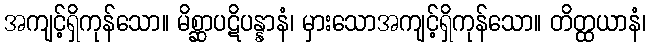
အကျင့်ရှိကုန်သော။ မိစ္ဆာပဋိပန္နာနံ၊ မှားသောအကျင့်ရှိကုန်သော။ တိတ္ထယာနံ၊